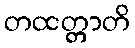
တထတ္တာတိ